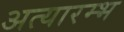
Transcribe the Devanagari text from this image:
अत्यारम्भ